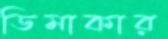
ডিমাকার